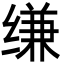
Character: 缣